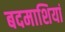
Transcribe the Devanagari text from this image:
बदमाशियां